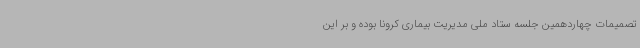
تصمیمات چهاردهمین جلسه ستاد ملی مدیریت بیماری کرونا بوده و بر این